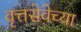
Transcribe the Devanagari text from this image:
वृत्तसेवेच्या